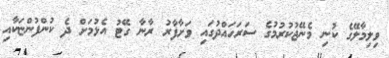
ވިލިމާލޭގެ ކުނި މެނޭޖުކުރުމުގެ ސަރަހައްދުގައި ވަށާފާރު ރާނާ ގޭޓު އެޅުމަށް ދެ ކުންފުންޏަކާއި